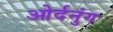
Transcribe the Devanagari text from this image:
ओर्दनुंग